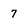
Character: 7